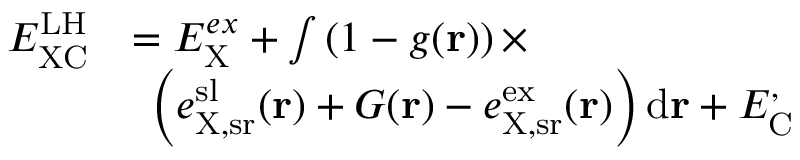
\begin{array} { r l } { E _ { \mathrm { X C } } ^ { \mathrm { L H } } } & { = E _ { \mathrm { X } } ^ { e x } + \int \left( 1 - g ( \mathbf { r } ) \right) \times } \\ { \phantom { \sum } } & { \: \: \left( e _ { \mathrm { X , s r } } ^ { \mathrm { s l } } ( \mathbf { r } ) + G ( \mathbf { r } ) - e _ { \mathrm { X , s r } } ^ { \mathrm { e x } } ( \mathbf { r } ) \right) \mathrm { d } \mathbf { r } + E _ { \mathrm { C } } ^ , } \end{array}